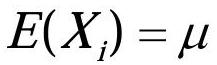
\[
E(X_i)=\mu
\]